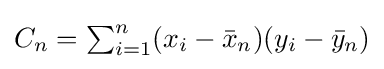
{\textstyle C_{n}=\sum _{i=1}^{n}(x_{i}-{\bar {x}}_{n})(y_{i}-{\bar {y}}_{n})}